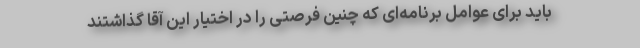
باید برای عوامل برنامه‌ای که چنین فرصتی را در اختیار این آقا گذاشتند